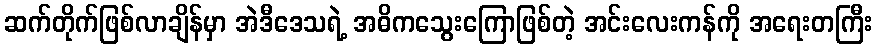
ဆက်တိုက်ဖြစ်လာချိန်မှာ အဲဒီဒေသရဲ့ အဓိကသွေးကြောဖြစ်တဲ့ အင်းလေးကန်ကို အရေးတကြီး